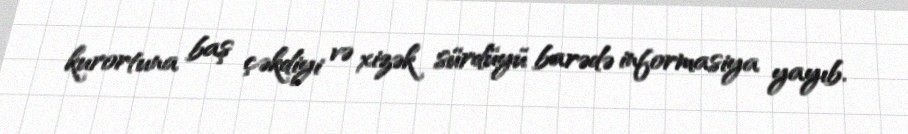
kurortuna baş çəkdiyi və xizək sürdüyü barədə informasiya yayıb.